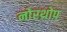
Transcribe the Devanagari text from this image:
नोरथ्रोप